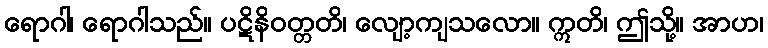
ရောဂါ၊ ရောဂါသည်။ ပဋိနိဝတ္တတိ၊ လျော့ကျသလော။ ဣတိ၊ ဤသို့။ အာဟ၊